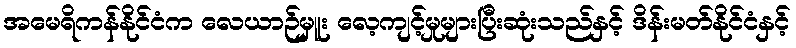
အမေရိကန်နိုင်ငံက လေယာဉ်မှူး လေ့ကျင့်မှုများပြီးဆုံးသည်နှင့် ဒိန်းမတ်နိုင်ငံနှင့်